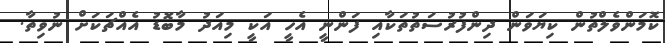
ކޮމަންވެލްތުން ކިޔަވަން ދިންފުރުސަތުތަކާއި ފަންނީ އެހީ އަކީ މިއަދު މާބޮޑު އެއްޗަކަށް ނުވިތާ.